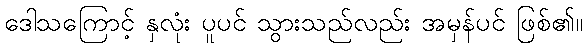
ဒေါသကြောင့် နှလုံး ပူပင် သွားသည်လည်း အမှန်ပင် ဖြစ်၏။